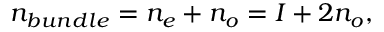
n _ { b u n d l e } = n _ { e } + n _ { o } = { \cal I } + 2 n _ { o } ,